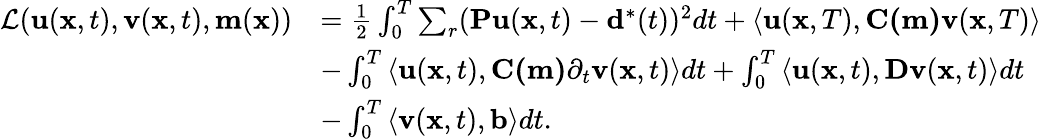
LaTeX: \begin{array}{rl}{\mathcal{L}(\mathbf{u}(\mathbf{x},t),\mathbf{v}(\mathbf{x},t),\mathbf{m}(\mathbf{x}))}&{=\frac{1}{2}\int_{0}^{T}\sum_{r}(\mathbf{Pu}(\mathbf{x},t)-\mathbf{d}^{*}(t))^{2}dt+\left\langle\mathbf{u}(\mathbf{x},T),\mathbf{C(m)}\mathbf{v}(\mathbf{x},T)\right\rangle}\\ &{-\int_{0}^{T}\left\langle\mathbf{u}(\mathbf{x},t),\mathbf{C(m)}\partial_{t}\mathbf{v}(\mathbf{x},t)\right\rangle dt+\int_{0}^{T}\left\langle\mathbf{u}(\mathbf{x},t),\mathbf{Dv}(\mathbf{x},t)\right\rangle dt}\\ &{-\int_{0}^{T}\left\langle\mathbf{v}(\mathbf{x},t),\mathbf{b}\right\rangle dt.}\end{array}